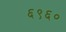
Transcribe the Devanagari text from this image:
६९६०